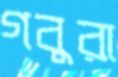
গবুরা